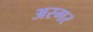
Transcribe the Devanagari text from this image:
अस्गर